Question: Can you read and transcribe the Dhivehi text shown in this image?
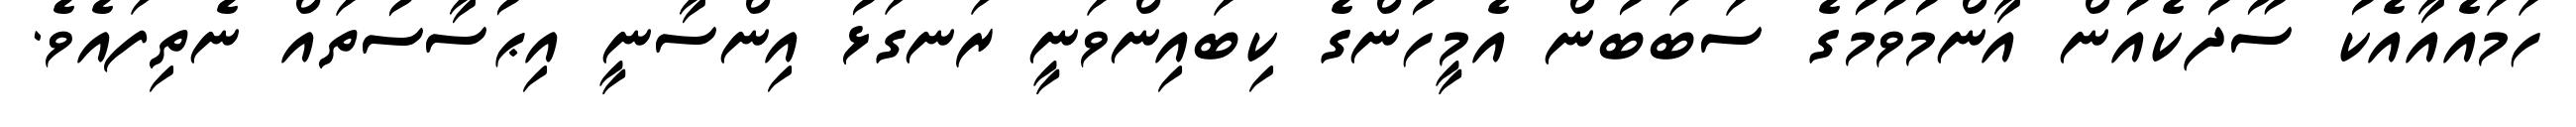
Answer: ހަމައެއާއެކު ސޫދުކެއުން އާންމުވުމުގެ ސަބަބުން އެމީހުންގެ ކިބައިންވަނީ ރަނގަޅު އިންސާނީ އިޙުސާސުތައް ނެތިފައެވެ.